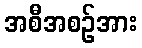
အစီအစဉ်အား